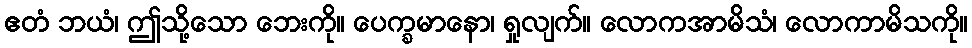
ဧတံ ဘယံ၊ ဤသို့သော ဘေးကို။ ပေက္ခမာနော၊ ရှုလျက်။ လောကအာမိသံ၊ လောကာမိသကို။